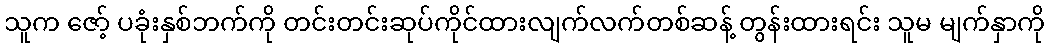
သူက ဇော့် ပခုံးနှစ်ဘက်ကို တင်းတင်းဆုပ်ကိုင်ထားလျက်လက်တစ်ဆန့် တွန်းထားရင်း သူမ မျက်နှာကို